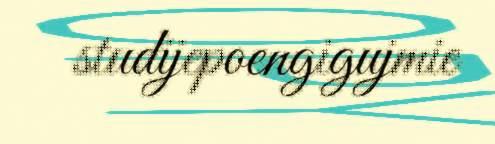
studijepoengigujmie